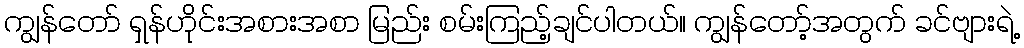
ကျွန်တော် ရှန်ဟိုင်းအစားအစာ မြည်း စမ်းကြည့်ချင်ပါတယ်။ ကျွန်တော့်အတွက် ခင်ဗျားရဲ့